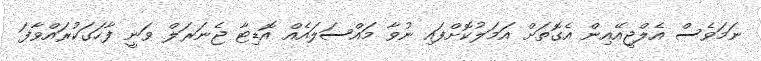
ނަމަވެސް އެލްޖީއޭއިން އެގޮތަށް އަމަލުކޮށްފައި ނުވާ މައްސަލައެއް އޮޑިޓާ ޖެނަރަލް ވަނީ ފާހަގަކުރައްވާފަ